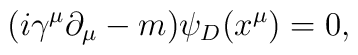
(i\gamma^{\mu}\partial_{\mu}-m)\psi_D(x^{\mu})=0,\vspace{0.5in}